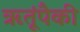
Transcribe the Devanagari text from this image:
ऋतूंपैकी